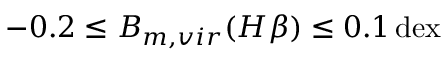
- 0 . 2 \leq B _ { m , v i r } ( H \beta ) \leq 0 . 1 \, \mathrm { d e x }